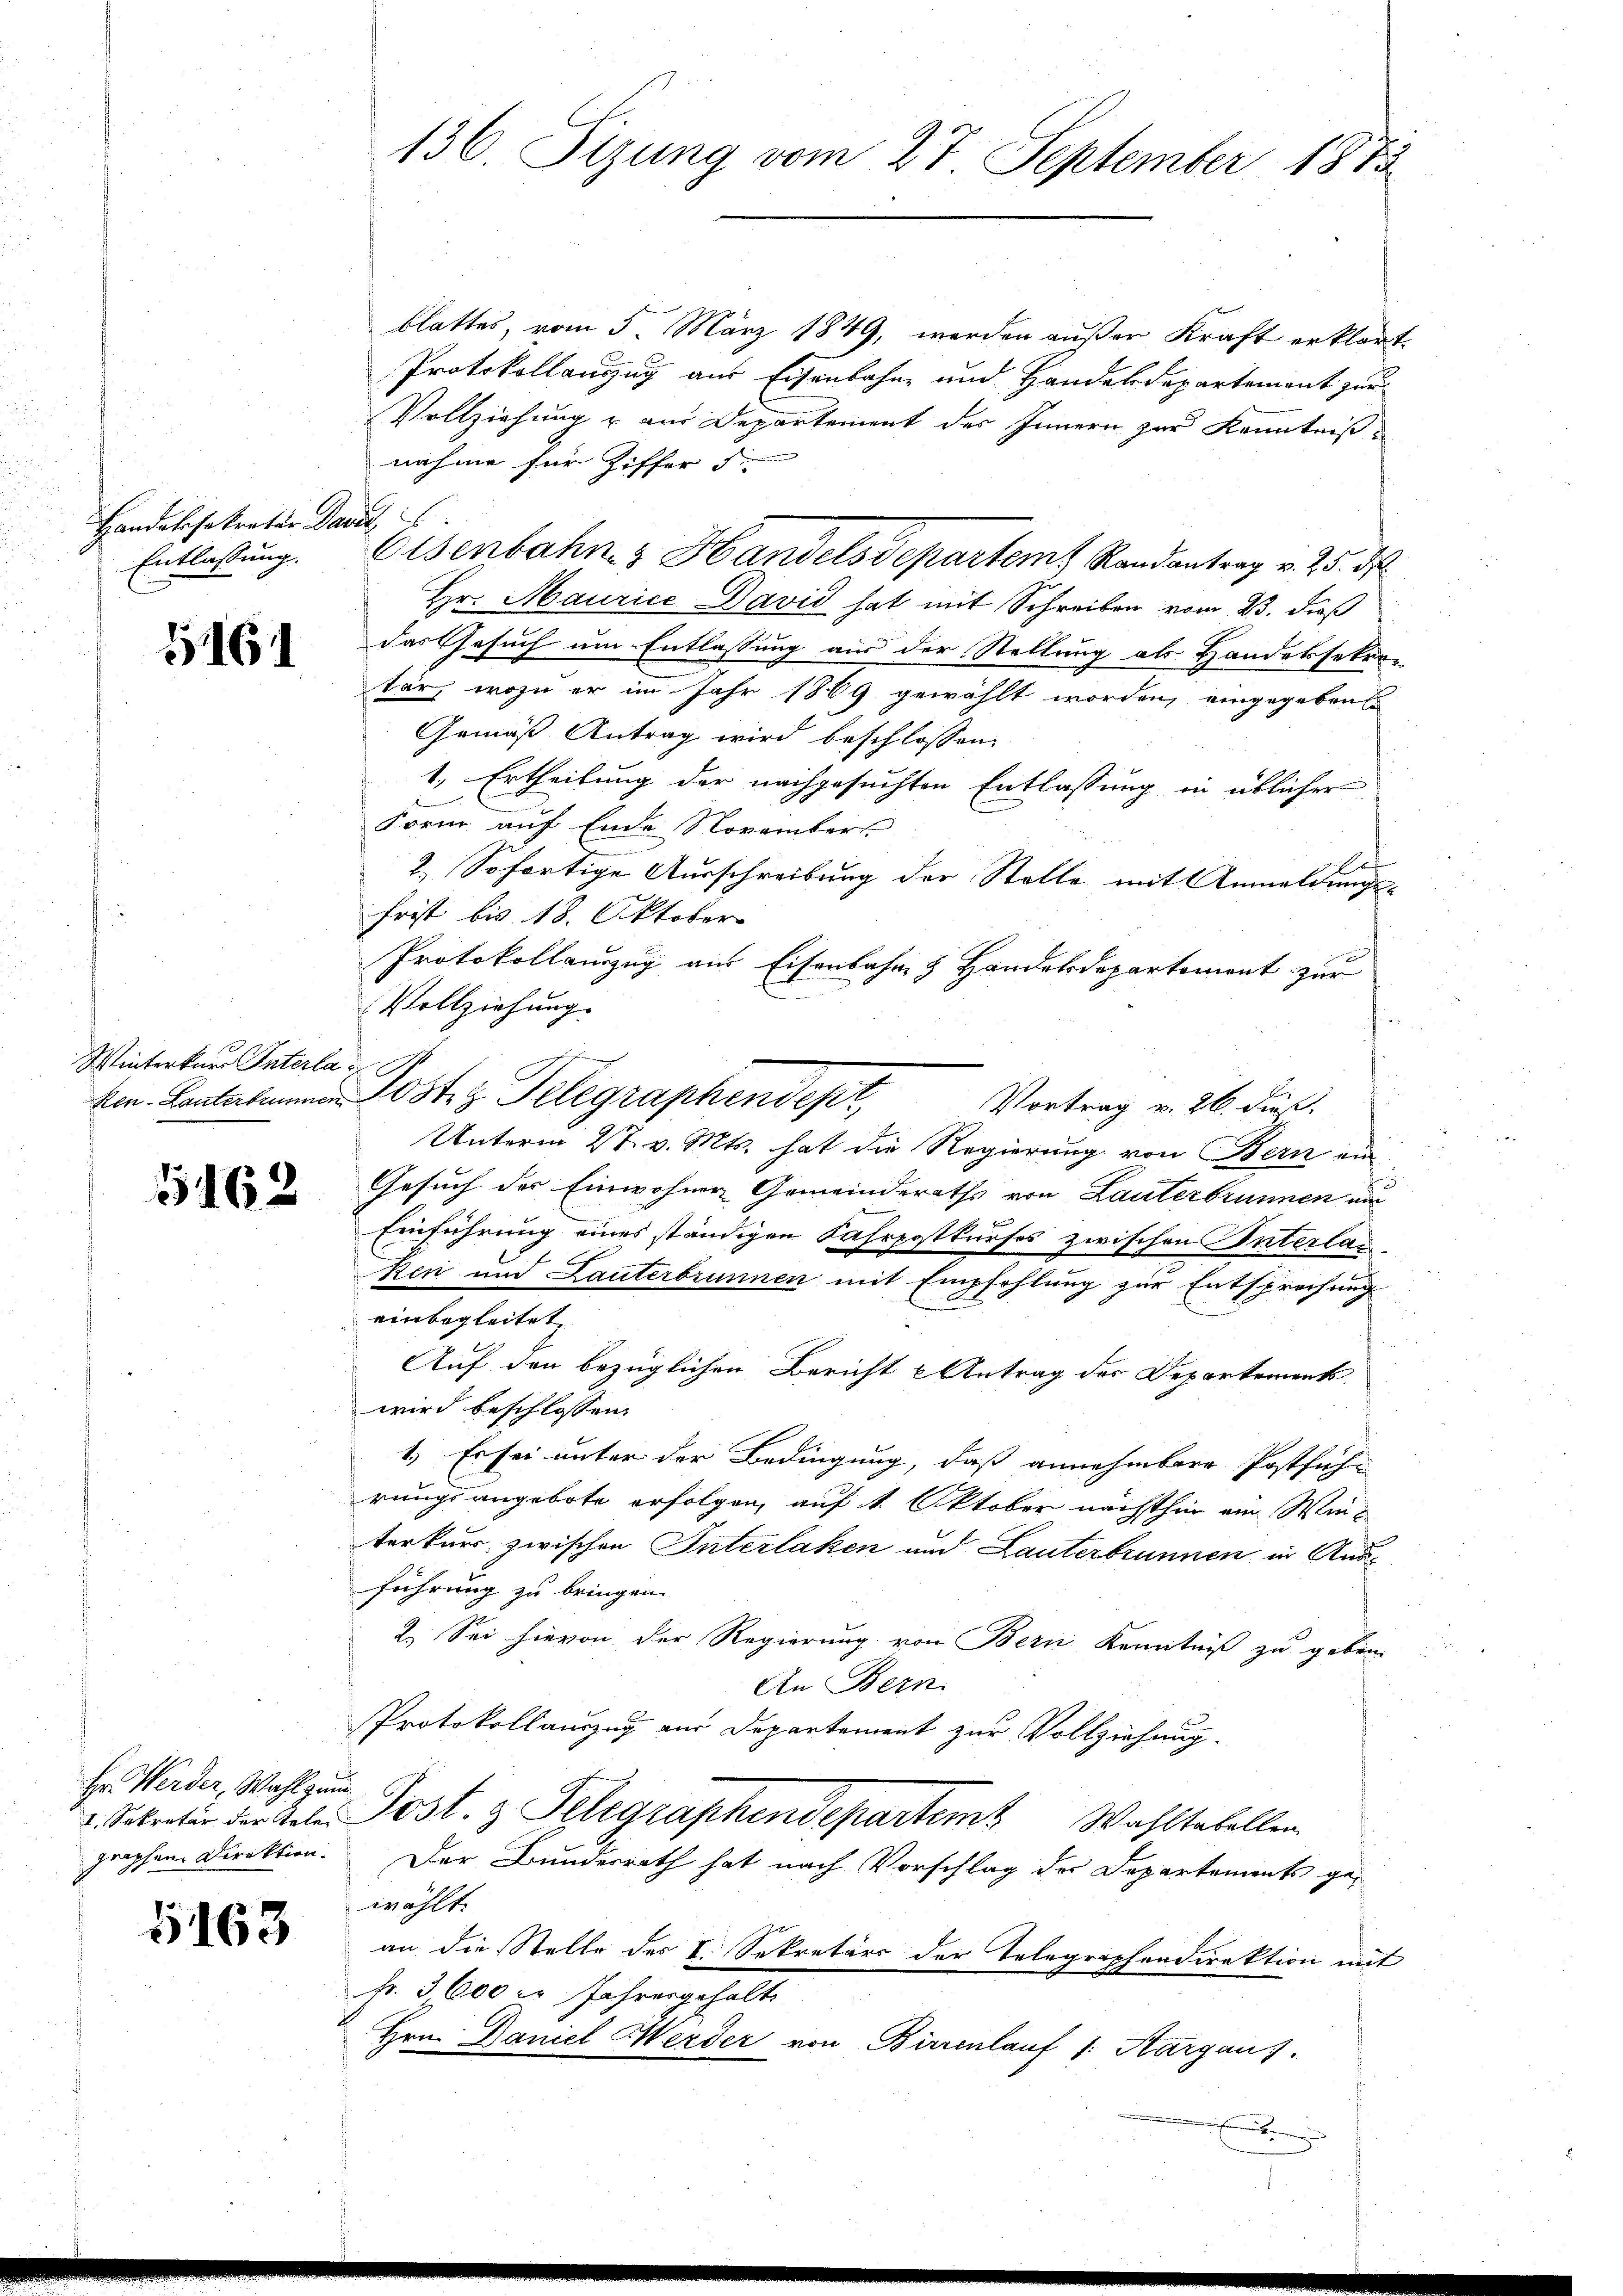
Handelssekretär Davit
Entlassung.

1161

Winterkarr Interla

5162

Hr. Werder, Wahl zum
graphen Direktion.

5163

blattes, vom 5. März 1849, werden außer Kraft erklärt,
Protokollauszug aus Eisenbahne und Handelsdepartement zur
Vollziehung & aus Departement des Innern zur Kenntnißnahme für Ziffer
Eisenbahn & Handels departem Randantrag v. 25. d.
Hr. Maurice David hat mit Schreiben vom 23. dieß
das Gesuch um Entlassung aus der Stellung als Handersetro-
tär, wozu er im Jahr 1869 gewählt worden, eingegeben
Gemäß Antrag wird beschlossen:
1. Ertheilung der nachgesuchten Entlassung in üblicher
Form auf Ende November
2.) Sofortige Ausschreibung der Stelle mit Anmeldungs-
frist bis 18. Oktober
Protokollanzug aus Eisenbahr & Handelsdepartement zur
Vollziehung.
he
Vortrag v. 26. dieß.
Unterm 27. v. Mts. hat die Regierung von Bern in
Gesuch der Einwohner Gemeinderaths von Lauterbrunnen und
Einführung eines ständigen Fahrpostkurses zwischen Interlas¬
Kein und Lauterbrunnen mit Empfehlung zur Entsprechung
einbegleitet,
Auf den bezüglichen Bericht u Antrag des Departements,
wird beschlossen:
1.) Es sei unter der Bedingung, daß annehmbare Postführungsangebote erfolgen, auf 1. Oktober nächsthin ein Winterkur zwischen Interlaken und Lauterbrunnen in Ande
führung zu bringen.
2. Sei hievon der Regierung von Bern Kenntniß zu geben.
An Bern.
Protokollauszug aus Departement zur Vollziehung.
2. Sekretär der Tele Post.  Telegraphendepartem Wahltabellen
Der Bundesrath hat nach Vorschlag des Departements gewählt.
an die Stelle des I. Sekretärs der Telegraphendirektion mit
Fr. 3,600 l. Jahresgehalt
Hrn. Daniel Herder von Birrenlauf 1. Aargau).
x

136. Sizung vom 27. September 1873

ken. Lanterbenen Post z. Telegraphendest